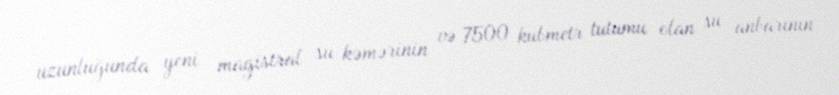
uzunluğunda yeni magistral su kəmərinin və 7500 kubmetr tutumu olan su anbarının